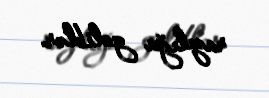
razılığa gəliblər.